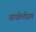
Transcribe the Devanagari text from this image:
वायोलीसम